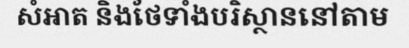
សំអាត និងថែទាំងបរិស្ថាននៅតាម